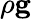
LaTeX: \rho\textbf{g}